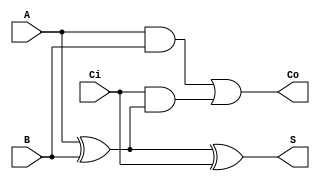
module full_adder(
    input  wire A,
    input  wire B,
    input  wire Ci,
    output wire S,
    output wire Co
    );

    assign S  = A ^ B ^ Ci;
    assign Co = ( A & B ) |  ( Ci & ( A ^ B) );

endmodule